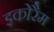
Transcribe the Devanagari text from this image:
इकोरैम